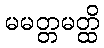
မမတ္တမတ္ထိ